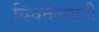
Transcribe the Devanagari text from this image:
विवर्तनमापी